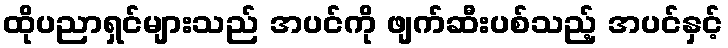
ထိုပညာရှင်များသည် အပင်ကို ဖျက်ဆီးပစ်သည့် အပင်နှင့်